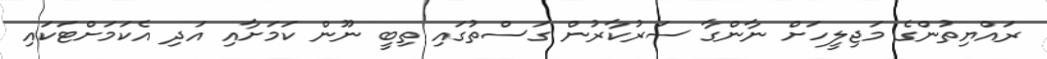
ރައްޔިތުންގެ މަޖިލީހަށް ނާންގާ ސަރުކާރުން ގަސްތުގައި ތިބީ ނޫން ކަމަށާއި އަދި އެކަމަށްޓަކައި